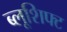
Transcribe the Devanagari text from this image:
ब्लूशिफ्ट